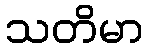
သတိမာ